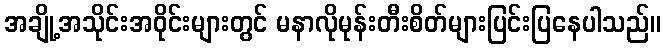
အချို့အသိုင်းအဝိုင်းများတွင် မနာလိုမုန်းတီးစိတ်များပြင်းပြနေပါသည်။